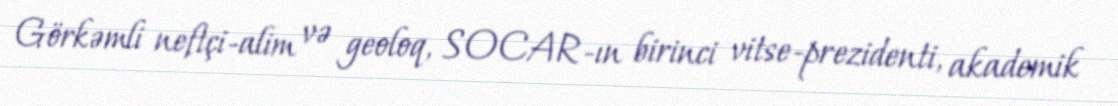
Görkəmli neftçi-alim və geoloq, SOCAR-ın birinci vitse-prezidenti, akademik